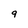
Character: 9